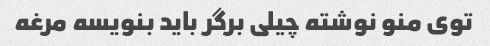
توی منو نوشته چیلی برگر باید بنویسه مرغه